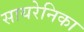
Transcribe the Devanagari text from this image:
सायरेनिका